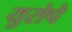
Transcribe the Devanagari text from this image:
युरोपे